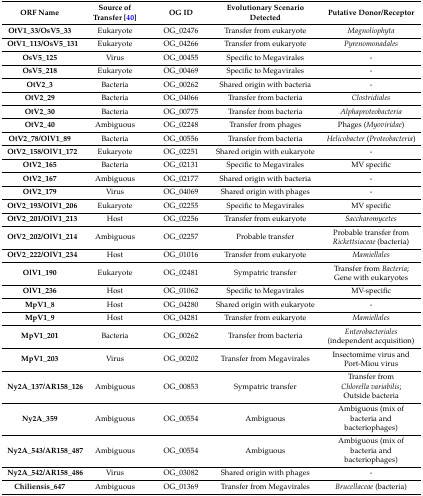
<table><thead><tr><td><b>ORF Name</b></td><td><b>Source of Transfer [40]</b></td><td><b>OG ID</b></td><td><b>Evolutionary Scenario Detected</b></td><td><b>Putative Donor/Receptor</b></td></tr></thead><tbody><tr><td><b>OtV1_33/OsV5_33</b></td><td>Eukaryote</td><td>OG_02476</td><td>Transfer from eukaryote</td><td><i>Magnoliophyta</i></td></tr><tr><td><b>OtV1_113/OsV5_131</b></td><td>Eukaryote</td><td>OG_04266</td><td>Transfer from eukaryote</td><td><i>Pyrenomonadales</i></td></tr><tr><td><b>OsV5_125</b></td><td>Virus</td><td>OG_00455</td><td>Specific to Megavirales</td><td>-</td></tr><tr><td><b>OsV5_218</b></td><td>Eukaryote</td><td>OG_00469</td><td>Specific to Megavirales</td><td>-</td></tr><tr><td><b>OtV2_3</b></td><td>Bacteria</td><td>OG_00262</td><td>Shared origin with bacteria</td><td>-</td></tr><tr><td><b>OtV2_29</b></td><td>Bacteria</td><td>OG_04066</td><td>Transfer from bacteria</td><td><i>Clostridiales</i></td></tr><tr><td><b>OtV2_30</b></td><td>Bacteria</td><td>OG_00775</td><td>Transfer from bacteria</td><td><i>Alphaproteobacteria</i></td></tr><tr><td><b>OtV2_40</b></td><td>Ambiguous</td><td>OG_02248</td><td>Transfer from phages</td><td>Phages (<i>Myoviridae</i>)</td></tr><tr><td><b>OtV2_78/OlV1_89</b></td><td>Bacteria</td><td>OG_00556</td><td>Transfer from bacteria</td><td><i>Helicobacter</i> (<i>Proteobacteria</i>)</td></tr><tr><td><b>OtV2_158/OlV1_172</b></td><td>Eukaryote</td><td>OG_02251</td><td>Shared origin with eukaryote</td><td>-</td></tr><tr><td><b>OtV2_165</b></td><td>Bacteria</td><td>OG_02131</td><td>Specific to Megavirales</td><td>MV specific</td></tr><tr><td><b>OtV2_167</b></td><td>Ambiguous</td><td>OG_02177</td><td>Shared origin with bacteria</td><td>-</td></tr><tr><td><b>OtV2_179</b></td><td>Virus</td><td>OG_04069</td><td>Shared origin with phages</td><td>-</td></tr><tr><td><b>OtV2_193/OlV1_206</b></td><td>Eukaryote</td><td>OG_02255</td><td>Specific to Megavirales</td><td>MV specific</td></tr><tr><td><b>OtV2_201/OlV1_213</b></td><td>Host</td><td>OG_02256</td><td>Transfer from eukaryote</td><td><i>Saccharomycetes</i></td></tr><tr><td><b>OtV2_202/OlV1_214</b></td><td>Ambiguous</td><td>OG_02257</td><td>Probable transfer</td><td>Probable transfer from <i>Rickettsiaceae</i> (bacteria)</td></tr><tr><td><b>OtV2_222/OlV1_234</b></td><td>Host</td><td>OG_01016</td><td>Transfer from eukaryote</td><td><i>Mamiellales</i></td></tr><tr><td><b>OlV1_190</b></td><td>Eukaryote</td><td>OG_02481</td><td>Sympatric transfer</td><td>Transfer from <i>Bacteria</i>; Gene with eukaryotes</td></tr><tr><td><b>OlV1_236</b></td><td>Host</td><td>OG_01062</td><td>Specific to Megavirales</td><td>MV-specific</td></tr><tr><td><b>MpV1_8</b></td><td>Host</td><td>OG_04280</td><td>Shared origin with eukaryote</td><td>-</td></tr><tr><td><b>MpV1_9</b></td><td>Host</td><td>OG_04281</td><td>Transfer from eukaryote</td><td><i>Mamiellales</i></td></tr><tr><td><b>MpV1_201</b></td><td>Bacteria</td><td>OG_00262</td><td>Transfer from bacteria</td><td><i>Enterobacteriales</i> (independent acquisition)</td></tr><tr><td><b>MpV1_203</b></td><td>Virus</td><td>OG_00202</td><td>Transfer from Megavirales</td><td>Insectomime virus and Port-Miou virus</td></tr><tr><td><b>Ny2A_137/AR158_126</b></td><td>Ambiguous</td><td>OG_00853</td><td>Sympatric transfer</td><td>Transfer from <i>Chlorella variabilis</i>; Outside bacteria</td></tr><tr><td><b>Ny2A_359</b></td><td>Ambiguous</td><td>OG_00554</td><td>Ambiguous</td><td>Ambiguous (mix of bacteria and bacteriophages)</td></tr><tr><td><b>Ny2A_543/AR158_487</b></td><td>Ambiguous</td><td>OG_00554</td><td>Ambiguous</td><td>Ambiguous (mix of bacteria and bacteriophages)</td></tr><tr><td><b>Ny2A_542/AR158_486</b></td><td>Virus</td><td>OG_03082</td><td>Shared origin with phages</td><td>-</td></tr><tr><td><b>Chiliensis_647</b></td><td>Ambiguous</td><td>OG_01369</td><td>Transfer from Megavirales</td><td><i>Brucellaceae</i> (bacteria)</td></tr></tbody></table>